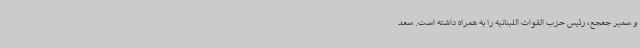
و سمیر جعجع، رئیس حزب القوات اللبنانیه را به همراه داشته است. سعد